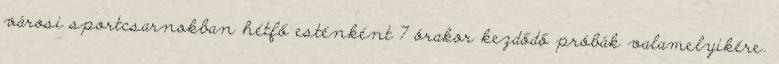
városi sportcsarnokban hétfő esténként 7 órakor kezdődő próbák valamelyikére.